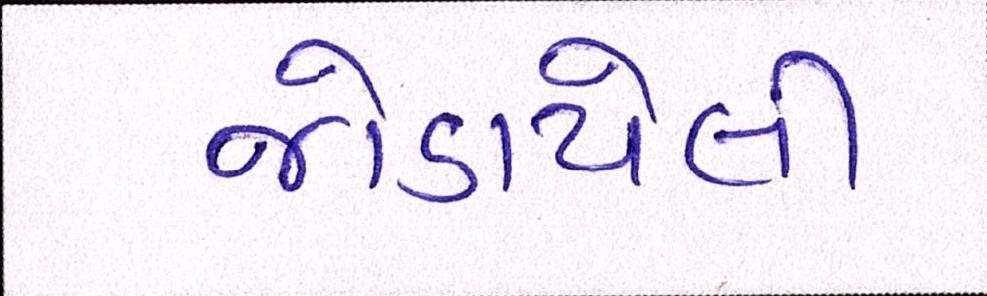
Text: જોડાયેલી